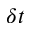
\delta t